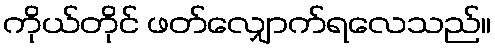
ကိုယ်တိုင် ဖတ်လျှောက်ရလေသည်။